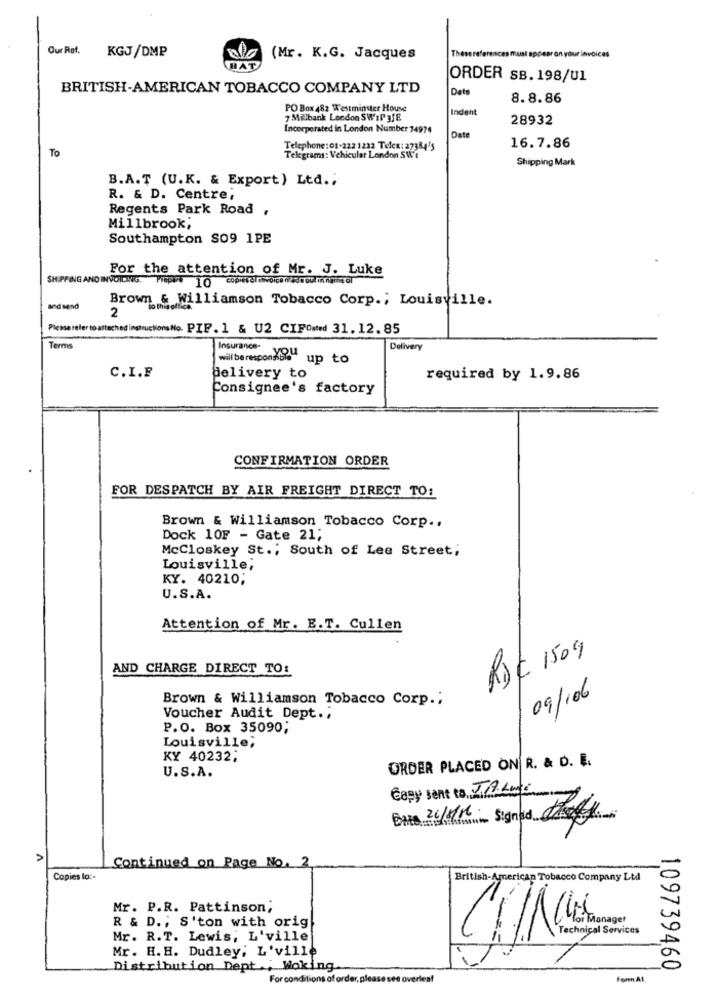
Our Ref. KGJ/DMP
These references must appear on your invoices
(Mr. K.G. Jacques
ORDER SB. 198/U1
BRITISH-AMERICAN TOBACCO COMPANY LTD
Date
8.8.86
PO Box 482 Westminster House
Indent
7 Milbank London SWil afE
28932
Incorporated in London Number 74974
Date
Telephone:01-222 1222 Telex: 27384's
16.7.86
To
Telegrams: Vehicular London SWI
Shipping Mark
B.A.T (U.K. & Export) Ltd .;
R. & D. Centre,
Regents Park Road ,
Millbrook,
Southampton SO9 1PE
For the attention of Mr. J. Luke
SHIPPING AND INVOICING. PEPE 10
Brown & Williamson Tobacco Corp ., Louisville.
and send
2
io this office.
Please refer to attached instructions No. PIF . 1 & U2 CIFOmed 31.12. 85
Terms
Insurance-
Deliven
will be respon you up to
C.I.F
delivery to
required by 1.9.86
Consignee's factory
CONFIRMATION ORDER
FOR DESPATCH BY AIR FREIGHT DIRECT TO:
Brown & Williamson Tobacco Corp ..
Dock 10F - Gate 21;
McCloskey St .; South of Lee Street;
Louisville,
KY. 40210;
U.S.A.
Attention of Mr. E.T. Cullen
RDC 1509
AND CHARGE DIRECT TO:
Brown & Williamson Tobacco Corp .;
09/106
Voucher Audit Dept .,
P.O. Box 35090;
Louisville,
KY 40232;
U.S.A.
ORDER PLACED ON R. & D. E.
Capy sent to TALE
26/8/16
A
Continued on Page No. 2
Copies lo :-
British-American Tobacco Company Ltd
Mr. P.R. Pattinson;
R & D .; S'ton with orig
-
Mr. R.T. Lewis, L'ville
Technical Services
Mr. H. H. Dudley; L'ville
Distribution Dept ., Woking
109739460
For conditions of order, please see overleaf